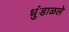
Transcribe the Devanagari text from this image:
धुंडाळले